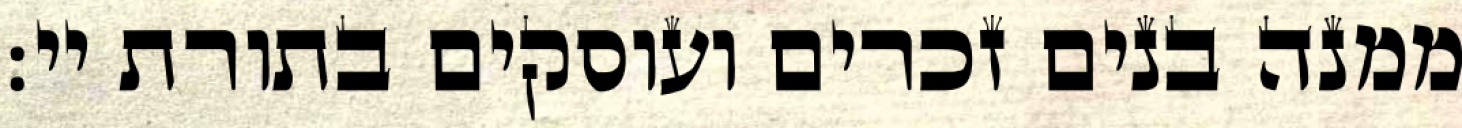
ממנה בנים זכרים ועוסקים בתורת יי: